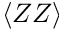
\langle Z Z \rangle